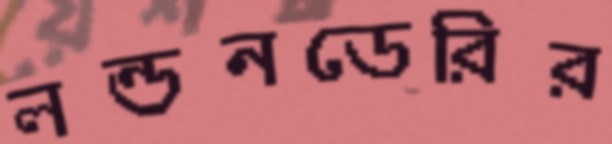
লন্ডনডেরির